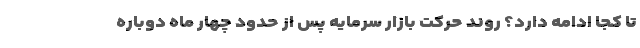
تا کجا ادامه دارد؟ روند حرکت بازار سرمایه پس از حدود چهار ماه دوباره